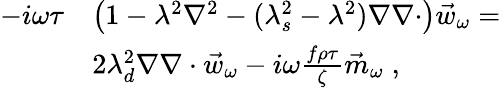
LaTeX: \begin{array}{rl}{-i\omega\tau}&{\left(1-\lambda^{2}\nabla^{2}-(\lambda_{s}^{2}-\lambda^{2})\nabla\nabla\cdot\right)\vec{w}_{\omega}=}\\ &{2\lambda_{d}^{2}\nabla\nabla\cdot\vec{w}_{\omega}-i\omega\frac{f\rho\tau}{\zeta}\vec{m}_{\omega}\; ,}\end{array}